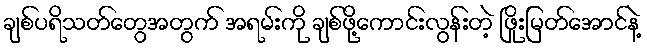
ချစ်ပရိသတ်တွေအတွက် အရမ်းကို ချစ်ဖို့ကောင်းလွန်းတဲ့ ဖြိုးမြတ်အောင်နဲ့